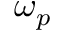
\omega _ { p }